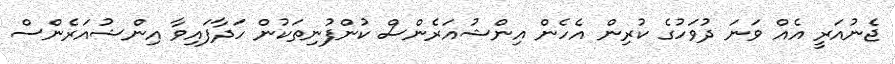
ޖެނުއަރީ އެއް ވަނަ ދުވަހުގެ ކުރިން އެހެން އިންޝުއަރެންސް ކުންފުނިތަކުން ހަދާފައިވާ އިންޝުއަރެންސް